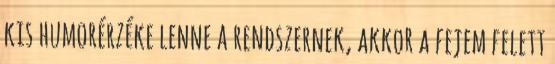
kis humorérzéke lenne a rendszernek, akkor a fejem felett